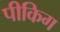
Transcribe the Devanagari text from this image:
पीकिग